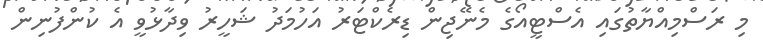
މި ރަސްމިއްޔާތުގައި އެސްޓީއޯގެ މެނޭޖިން ޑިރެކްޓަރު އަހުމަދު ޝަހީރު ވިދާޅުވީ އެ ކުންފުނިން